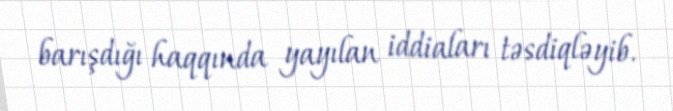
barışdığı haqqında yayılan iddiaları təsdiqləyib.